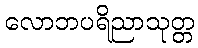
လောဘပရိညာသုတ္တ